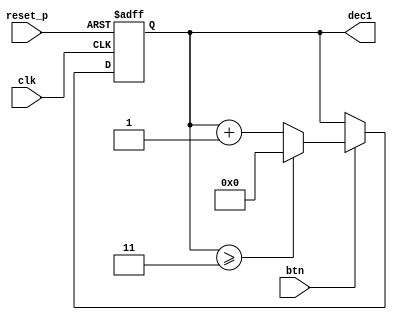
`timescale 1ns / 1ps
//////////////////////////////////////////////////////////////////////////////////
// Company: 
// Engineer: 
// 
// Design Name: 
// Module Name: fan_speed_cntr_source
// Project Name: 
// Target Devices: 
// Tool Versions: 
// Description: 
// 
// Dependencies: 
// 
// Revision:
// Revision 0.01 - File Created
// Additional Comments:
// 
//////////////////////////////////////////////////////////////////////////////////

// Mode 
module counter_speed_stage(
    input clk, reset_p,
    input btn,
    output reg [3:0] dec1
    );
    
    always @(posedge clk or posedge reset_p) begin
        if(reset_p) begin
            dec1 = 0;
        end
        else begin
            if(btn) begin
                if(dec1 >= 3) begin
                    dec1 = 0;
                end
                else dec1 = dec1 + 1;
            end
        end
    end
endmodule

// Mode 
module counter_spin_stage(
    input clk, reset_p,
    input btn,
    output reg [3:0] dec1
    );
    
    always @(posedge clk) begin
      if(btn) begin
        if(dec1 >= 2) begin 
                dec1 <= 0;
            end
            else dec1 <= dec1 + 1;
        end
    end
endmodule

// Mode 
module counter_timer_stage(
    input clk, reset_p,
    input btn,
    output reg [3:0] dec1
    );
    
    always @(posedge clk or posedge reset_p) begin
        if(reset_p) begin
            dec1 = 0;
        end
        else begin
            if(btn) begin
                if(dec1 == 3) begin
                    dec1 = 0;
                end
                else dec1 = dec1 + 1;
            end
        end
    end
endmodule

// Mode 
module counter_fnd_stage(
    input clk, reset_p,
    input btn,
    output reg [3:0] dec1
    );
    
    always @(posedge clk or posedge reset_p) begin
        if(reset_p) begin
            dec1 = 0;
        end
        else begin
            if(btn) begin
                if(dec1 == 1) begin
                    dec1 = 0;
                end
                else dec1 = dec1 + 1;
            end
        end
    end
endmodule

// Mode 
module counter_emcy_stage(
    input clk, reset_p,
    input btn,
    output reg [3:0] dec1
    );
    
    always @(posedge clk or posedge reset_p) begin
        if(reset_p) begin
            dec1 = 0;
        end
        else begin
            if(btn) begin
                if(dec1 == 1) begin
                    dec1 = 0;
                end
                else dec1 = dec1 + 1;
            end
        end
    end
endmodule